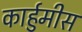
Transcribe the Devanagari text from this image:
कार्हुमीस